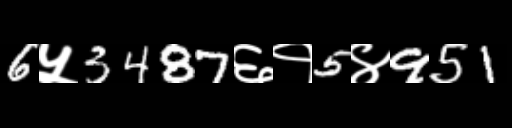
Text: 6५3487६१5४951